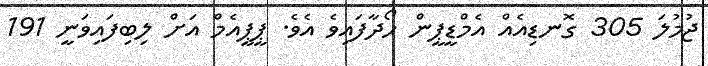
ޖުމުލަ 305 ގޮނޑިއެއް އެމްޑީޕީން ހޯދާފައިވެ އެވެ. ޕީޕީއެމް އަށް ލިބިފައިވަނީ 191